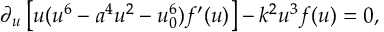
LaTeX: \partial _ { u } \left[ u ( u ^ { 6 } - a ^ { 4 } u ^ { 2 } - u _ { 0 } ^ { 6 } ) f ^ { \prime } ( u ) \right] - k ^ { 2 } u ^ { 3 } f ( u ) = 0 ,